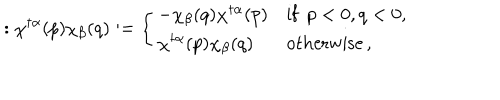
LaTeX: : \chi ^ { \dagger \alpha } ( p ) \chi _ { \beta } ( q ) : = \left\{ \begin{array} { l l } { { - \chi _ { \beta } ( q ) \chi ^ { \dagger \alpha } ( p ) } } & { { \mathrm { i f } \enspace p < 0 , q < 0 , } } \\ { { \chi ^ { \dagger \alpha } ( p ) \chi _ { \beta } ( q ) } } & { { \mathrm { o t h e r w i s e } \, , } } \\ \end{array} \right.